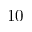
1 0